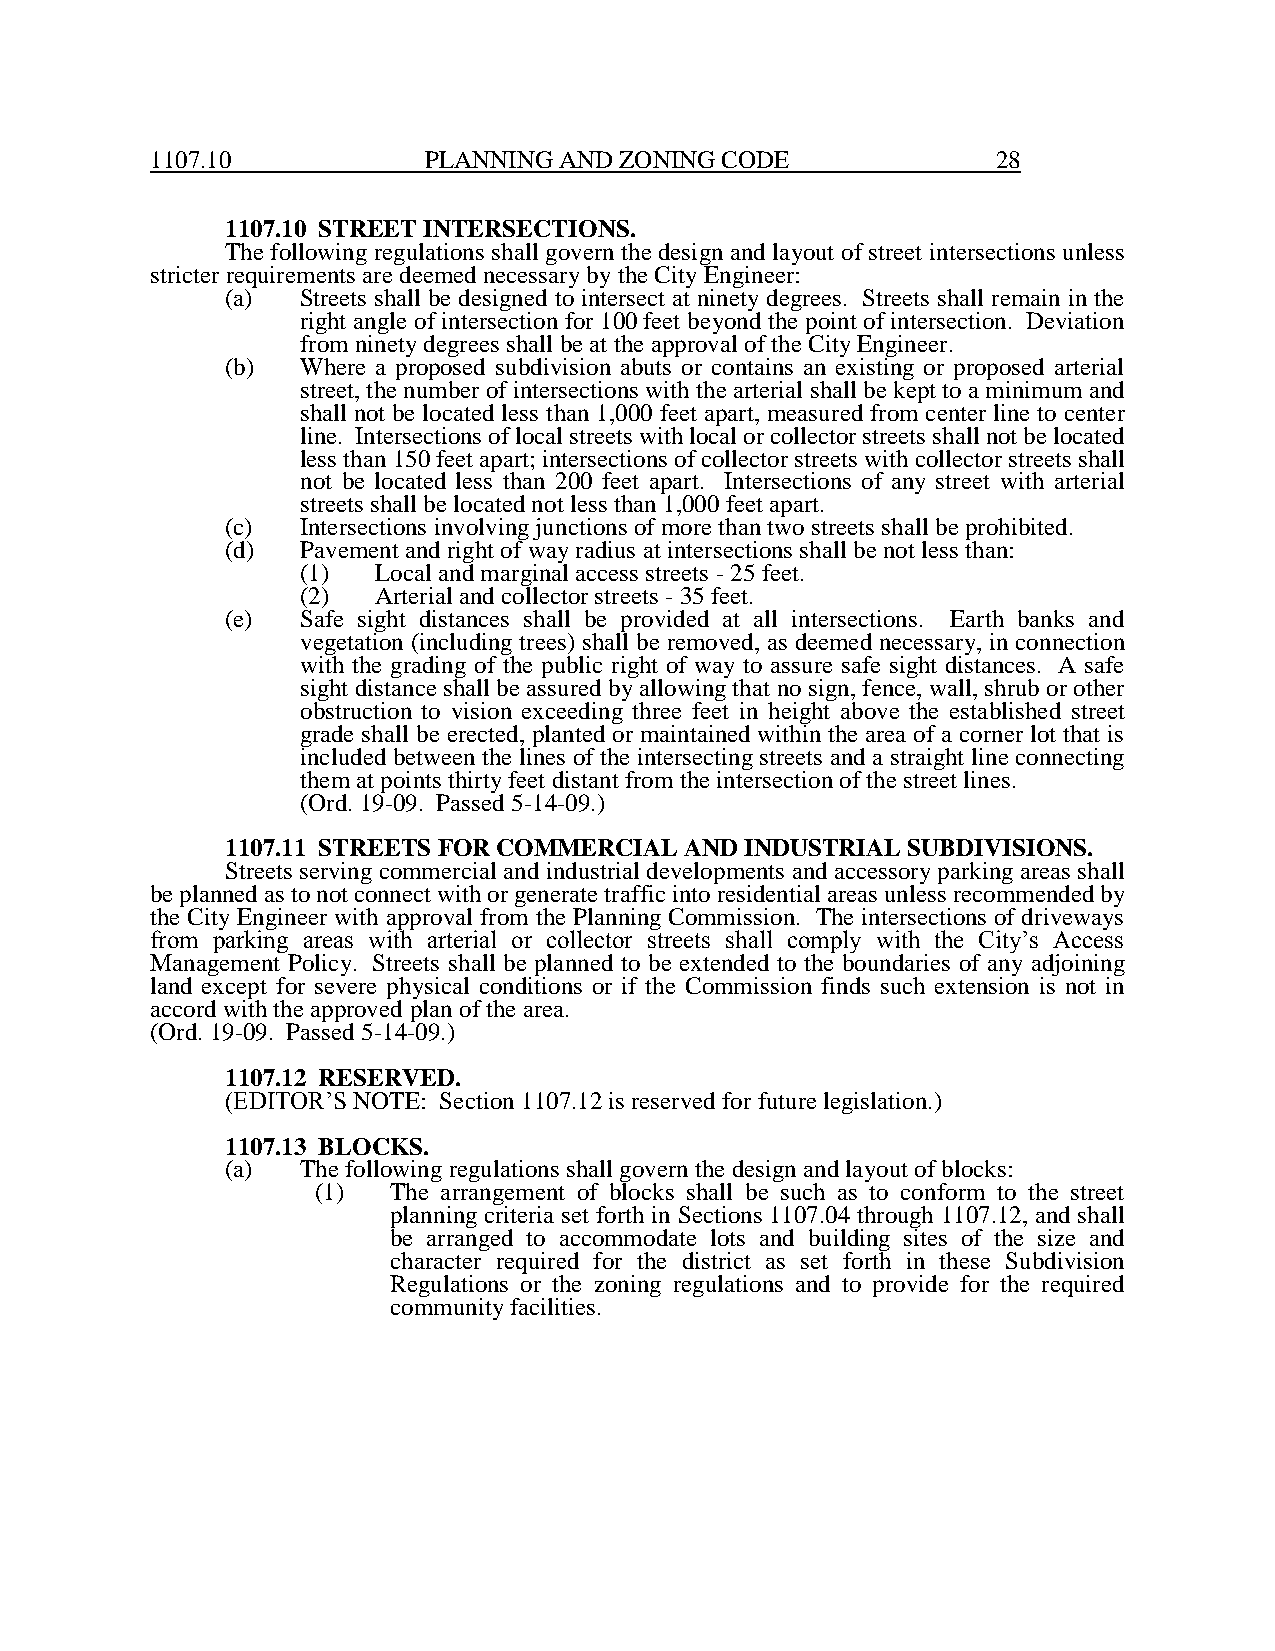
1107.10           PLANNING AND ZONING CODE              28
 1107.10 STREET INTERSECTIONS.
 The following regulations shall govern the design and layout of street intersections unless
 stricter requirements are deemed necessary by the City Engineer:
 (a)  Streets shall be designed to intersect at ninety degrees. Streets shall remain in the
 right angle of intersection for 100 feet beyond the point of intersection. Deviation
 from ninety degrees shall be at the approval of the City Engineer.
 (b)  Where a proposed subdivision abuts or contains an existing or proposed arterial
 street, the number of intersections with the arterial shall be kept to a minimum and
 shall not be located less than 1,000 feet apart, measured from center line to center
 line. Intersections of local streets with local or collector streets shall not be located
 less than 150 feet apart; intersections of collector streets with collector streets shall
 not be located less than 200 feet apart. Intersections of any street with arterial
 streets shall be located not less than 1,000 feet apart.
 (c)  Intersections involving junctions of more than two streets shall be prohibited.
 (d)  Pavement and right of way radius at intersections shall be not less than:
 (1)  Local and marginal access streets - 25 feet.
 (2)  Arterial and collector streets - 35 feet.
 (e)  Safe sight distances shall be provided at all intersections. Earth banks and
 vegetation (including trees) shall be removed, as deemed necessary, in connection
 with the grading of the public right of way to assure safe sight distances. A safe
 sight distance shall be assured by allowing that no sign, fence, wall, shrub or other
 obstruction to vision exceeding three feet in height above the established street
 grade shall be erected, planted or maintained within the area of a corner lot that is
 included between the lines of the intersecting streets and a straight line connecting
 them at points thirty feet distant from the intersection of the street lines.
 (Ord. 19-09. Passed 5-14-09.)
 1107.11 STREETS FOR COMMERCIAL AND INDUSTRIAL SUBDIVISIONS.
 Streets serving commercial and industrial developments and accessory parking areas shall
 be planned as to not connect with or generate traffic into residential areas unless recommended by
 the City Engineer with approval from the Planning Commission. The intersections of driveways
 from parking areas with arterial or collector streets shall comply with the City’s Access
 Management Policy. Streets shall be planned to be extended to the boundaries of any adjoining
 land except for severe physical conditions or if the Commission finds such extension is not in
 accord with the approved plan of the area.
 (Ord. 19-09. Passed 5-14-09.)
 1107.12 RESERVED.
 (EDITOR’S NOTE: Section 1107.12 is reserved for future legislation.)
 1107.13 BLOCKS.
 (a)  The following regulations shall govern the design and layout of blocks:
 (1)  The arrangement of blocks shall be such as to conform to the street
 planning criteria set forth in Sections 1107.04 through 1107.12, and shall
 be arranged to accommodate lots and building sites of the size and
 character required for the district as set forth in these Subdivision
 Regulations or the zoning regulations and to provide for the required
 community facilities.